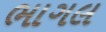
ભાગલ